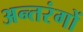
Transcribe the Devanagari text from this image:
अन्तरंगों